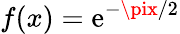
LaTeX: f(x)=\mathrm{e}^{-\pix/2}